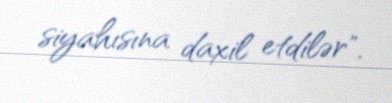
siyahısına daxil etdilər".